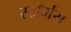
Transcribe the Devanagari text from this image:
स्टॉर्मस